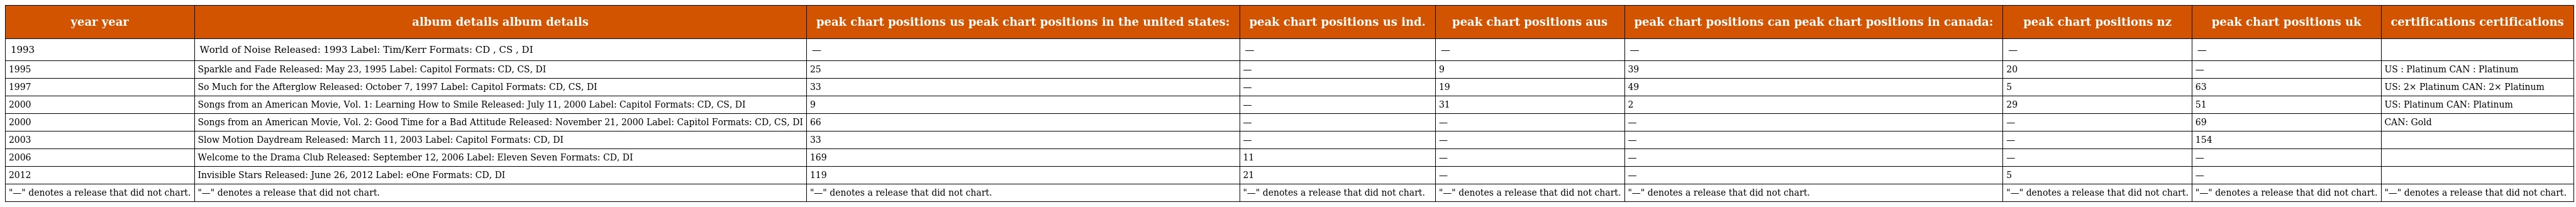
| year year | album details album details | peak chart positions us peak chart positions in the united states: | peak chart positions us ind. | peak chart positions aus | peak chart positions can peak chart positions in canada: | peak chart positions nz | peak chart positions uk | certifications certifications |
 | --- | --- | --- | --- | --- | --- | --- | --- | --- |
 | 1993 | World of Noise Released: 1993 Label: Tim/Kerr Formats: CD , CS , DI | — | — | — | — | — | — |  |
 | 1995 | Sparkle and Fade Released: May 23, 1995 Label: Capitol Formats: CD, CS, DI | 25 | — | 9 | 39 | 20 | — | US : Platinum CAN : Platinum |
 | 1997 | So Much for the Afterglow Released: October 7, 1997 Label: Capitol Formats: CD, CS, DI | 33 | — | 19 | 49 | 5 | 63 | US: 2× Platinum CAN: 2× Platinum |
 | 2000 | Songs from an American Movie, Vol. 1: Learning How to Smile Released: July 11, 2000 Label: Capitol Formats: CD, CS, DI | 9 | — | 31 | 2 | 29 | 51 | US: Platinum CAN: Platinum |
 | 2000 | Songs from an American Movie, Vol. 2: Good Time for a Bad Attitude Released: November 21, 2000 Label: Capitol Formats: CD, CS, DI | 66 | — | — | — | — | 69 | CAN: Gold |
 | 2003 | Slow Motion Daydream Released: March 11, 2003 Label: Capitol Formats: CD, DI | 33 | — | — | — | — | 154 |  |
 | 2006 | Welcome to the Drama Club Released: September 12, 2006 Label: Eleven Seven Formats: CD, DI | 169 | 11 | — | — | — | — |  |
 | 2012 | Invisible Stars Released: June 26, 2012 Label: eOne Formats: CD, DI | 119 | 21 | — | — | 5 | — |  |
 | "—" denotes a release that did not chart. | "—" denotes a release that did not chart. | "—" denotes a release that did not chart. | "—" denotes a release that did not chart. | "—" denotes a release that did not chart. | "—" denotes a release that did not chart. | "—" denotes a release that did not chart. | "—" denotes a release that did not chart. | "—" denotes a release that did not chart. |